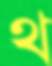
থ